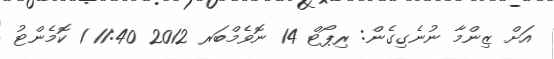
އަށް ޒިންމާ ނުނެގިގެން: ރިޕޯޓް 14 ނޮވެމްބަރ 2012 11:40 1 ކޮމެންޓު